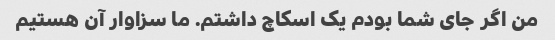
من اگر جای شما بودم یک اسکاچ داشتم. ما سزاوار آن هستیم